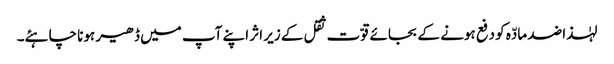
لہٰذا ضد مادّہ کو دفع ہونے کے بجائے قوّت ثقل کے زیر اثر اپنے آپ میں ڈھیر ہونا چاہئے۔